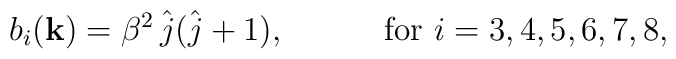
b_{i}({\bf k})=\beta^{2}\,\hat{j}(\hat{j}+1),\quad\quad\quad \hbox{for $i=3,4,5,6,7,8$},